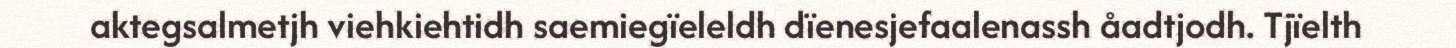
aktegsalmetjh viehkiehtidh saemiegïeleldh dïenesjefaalenassh åadtjodh. Tjïelth